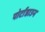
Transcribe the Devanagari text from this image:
पोर्टाडाउन